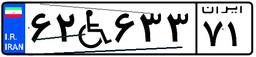
۶۲W۶۳۳۷۱